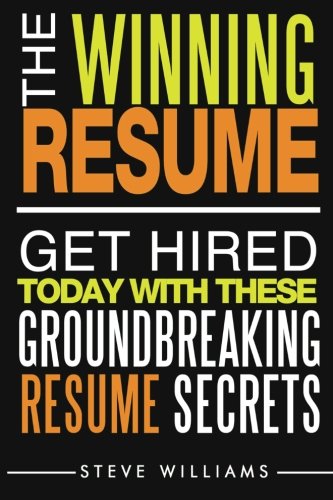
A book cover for Resume: The Winning Resume - Get Hired Today With These Groundbreaking Resume Secrets; Steve Williams; Business & Money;